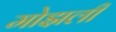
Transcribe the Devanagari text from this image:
मोझली